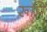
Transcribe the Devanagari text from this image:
रूपि